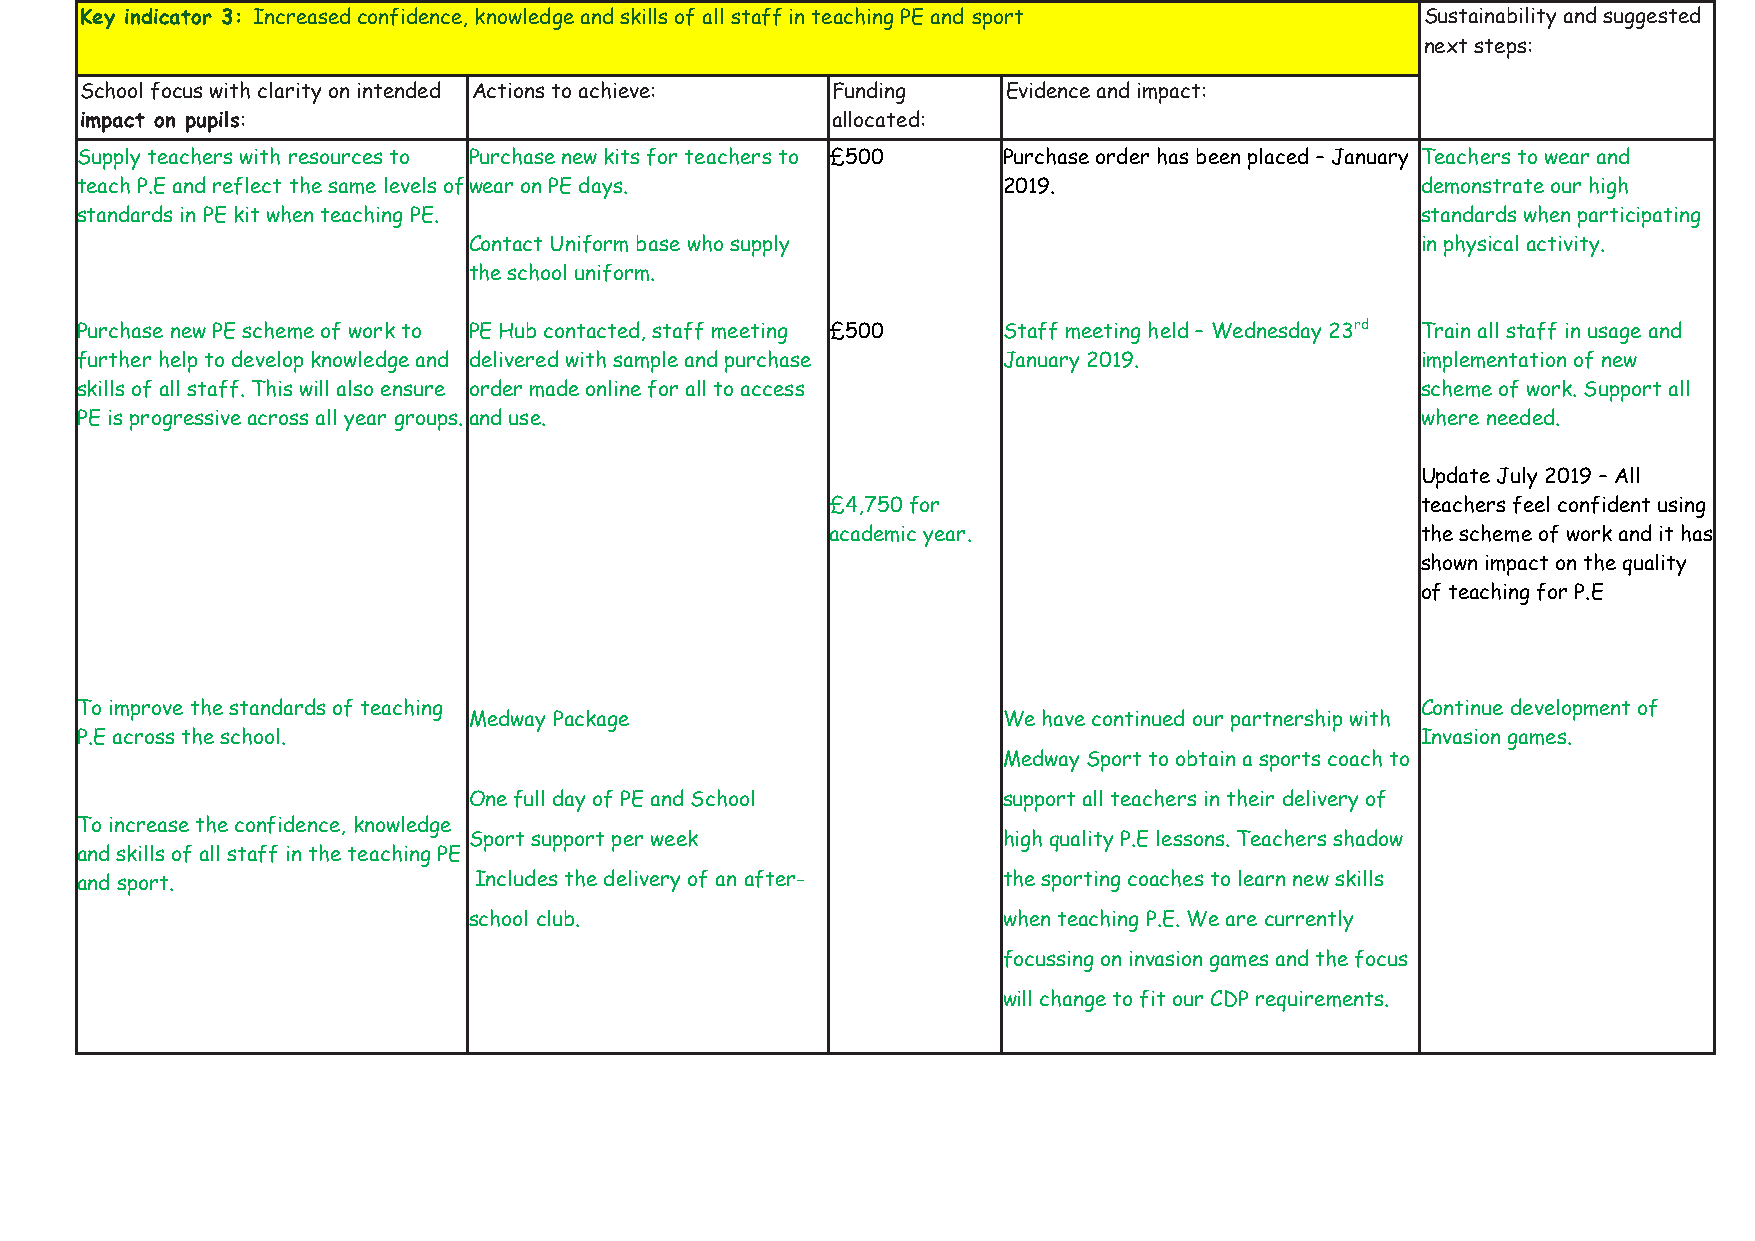
Key indicator 3: Increased confidence, knowledge and skills of all staff in teaching PE and sport Sustainability and suggested
 next steps:
 School focus with clarity on intended Actions to achieve: Funding Evidence and impact:
 impact on pupils:                                 allocated:
 Supply teachers with resources to Purchase new kits for teachers to £500 Purchase order has been placed – January Teachers to wear and
 teach P.E and reflect the same levels of wear on PE days.    2019.                       demonstrate our high
 standards in PE kit when teaching PE.                                                    standards when participating
 Contact Uniform base who supply                                in physical activity.
 the school uniform.
 Purchase new PE scheme of work to PE Hub contacted, staff meeting £500 Staff meeting held – Wednesday 23rd Train all staff in usage and
 further help to develop knowledge and delivered with sample and purchase January 2019.   implementation of new
 skills of all staff. This will also ensure order made online for all to access           scheme of work. Support all
 PE is progressive across all year groups. and use.                                       where needed.
 Update July 2019 – All
 £4,750 for                             teachers feel confident using
 academic year.                         the scheme of work and it has
 shown impact on the quality
 of teaching for P.E
 To improve the standards of teaching                                                     Continue development of
 Medway Package                     We have continued our partnership with
 P.E across the school.                                                                   Invasion games.
 Medway Sport to obtain a sports coach to
 One full day of PE and School      support all teachers in their delivery of
 To increase the confidence, knowledge
 Sport support per week             high quality P.E lessons. Teachers shadow
 and skills of all staff in the teaching PE
 and sport.                Includes the delivery of an after- the sporting coaches to learn new skills
 school club.                       when teaching P.E. We are currently
 focussing on invasion games and the focus
 will change to fit our CDP requirements.